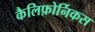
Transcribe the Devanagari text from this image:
कैलिफ़ोर्निकस